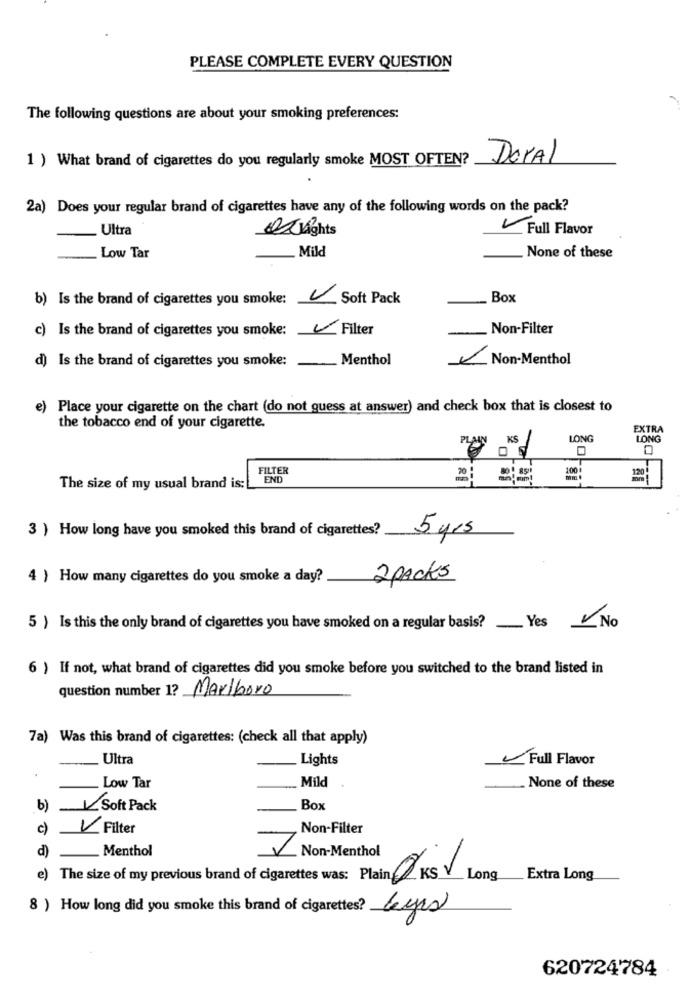
PLEASE COMPLETE EVERY QUESTION
The following questions are about your smoking preferences:
1 ) What brand of cigarettes do you regularly smoke MOST OFTEN?
DorAl
2a) Does your regular brand of cigarettes have any of the following words on the pack?
Ultra
Q lights
Full Flavor
Mild
Low Tar
None of these
b) Is the brand of cigarettes you smoke: Soft Pack
Box
c) Is the brand of cigarettes you smoke:
Filter
Non-Filter
d)
Is the brand of cigarettes you smoke:
Menthol
Non-Menthol
e)
Place your cigarette on the chart (do not guess at answer) and check box that is closest to
the tobacco end of your cigarette.
EXTRA
KS
LONG
LONG
FILTER
100
END
20
The size of my usual brand is;
3 ) How long have you smoked this brand of cigarettes?
5 yrs
4 ) How many cigarettes do you smoke a day?
2 PACKS
5 ) Is this the only brand of cigarettes you have smoked on a regular basis ?_ Yes No
6 ) If not, what brand of cigarettes did you smoke before you switched to the brand listed in
question number 1? Marlboro
7a) Was this brand of cigarettes: (check all that apply)
Ultra
Lights
Full Flavor
Mild
Low Tar
None of these
b)
Soft Pack
Box
c)
1 Filter
Non-Filter
d)
Menthol
Non-Menthol
e) The size of my previous brand of cigarettes was: Plain KS V Long Extra Long
8 ) How long did you smoke this brand of cigarettes? Eyes
620724784